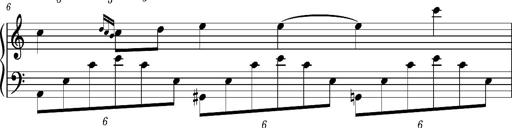
Title: Notturno
Composer: Lucas Trevizan